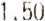
1.50